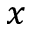
x